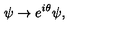
\psi \rightarrow e ^ { i \theta } \psi ,